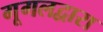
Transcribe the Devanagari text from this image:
गूगलद्वारा